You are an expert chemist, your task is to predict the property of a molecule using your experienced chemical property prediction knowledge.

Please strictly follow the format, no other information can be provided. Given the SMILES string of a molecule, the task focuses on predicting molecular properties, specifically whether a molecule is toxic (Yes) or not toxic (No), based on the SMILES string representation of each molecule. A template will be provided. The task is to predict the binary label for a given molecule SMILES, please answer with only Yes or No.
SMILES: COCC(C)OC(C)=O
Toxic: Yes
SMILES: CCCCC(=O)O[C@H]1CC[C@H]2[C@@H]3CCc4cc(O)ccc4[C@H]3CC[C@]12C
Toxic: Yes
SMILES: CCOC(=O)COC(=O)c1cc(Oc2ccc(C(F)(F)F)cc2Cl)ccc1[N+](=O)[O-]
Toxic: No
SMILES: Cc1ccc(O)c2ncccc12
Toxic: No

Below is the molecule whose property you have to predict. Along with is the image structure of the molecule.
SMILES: CCN(CC)CCOc1ccc2nc(N(C)C)sc2c1
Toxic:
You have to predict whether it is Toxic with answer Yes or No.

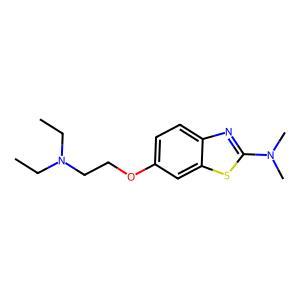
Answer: No